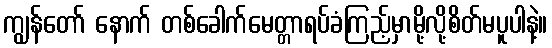
ကျွန်တော် နောက် တစ်ခေါက်မေတ္တာရပ်ခံကြည့်မှာမို့လို့စိတ်မပူပါနဲ့။